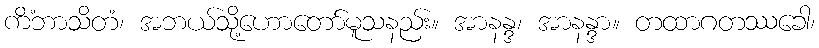
ကိံဘာသိတံ၊ အဘယ်သို့ဟောတော်မူသနည်း။ အာနန္ဒ၊ အာနန္ဒာ။ တထာဂတဿခေါ၊